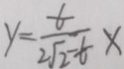
y = \frac { t } { 2 \sqrt { 2 } - 6 } x